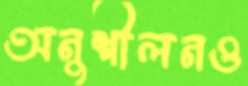
অনুশীলনও